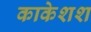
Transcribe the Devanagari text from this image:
काकेशश